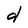
Character: d